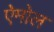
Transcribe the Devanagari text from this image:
ऐमोल